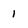
Character: 1